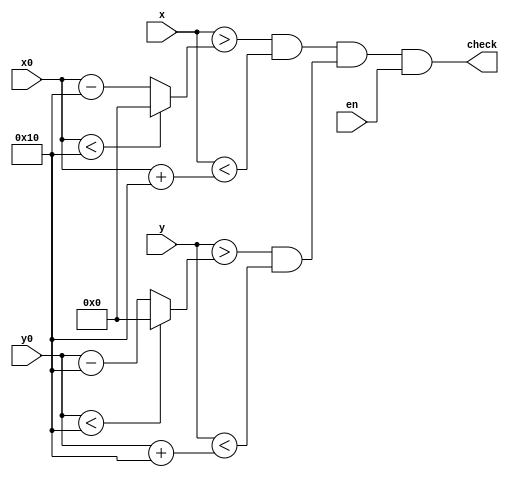
module square_check(
	input [9:0] x0,
	input [9:0] y0,
	input [9:0] x,
	input [9:0] y,
	input en,
	output check
);

  wire [9:0]w1;
  wire [9:0]w2;
  wire [9:0]w3;
  wire [9:0]w4;
  wire w5,w6;
	
    assign w1 = (x0 < 10'b0000010000)?10'b0000000000:x0 - 10'b0000010000;
    assign w2 = (y0 < 10'b0000010000)?10'b0000000000:y0 - 10'b0000010000;
	assign w3 = x0 + 10'b0000010000;
	assign w4 = y0 + 10'b0000010000;
	
	assign w5 = (x>w1)&&(x<w3);
	assign w6 = (y>w2)&&(y<w4);
	
	assign check = w5&&w6&&en;	

endmodule